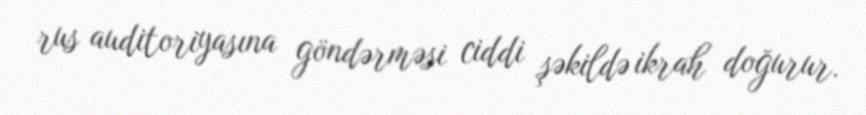
rus auditoriyasına göndərməsi ciddi şəkildə ikrah doğurur.